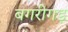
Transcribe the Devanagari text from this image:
बगरीगड़